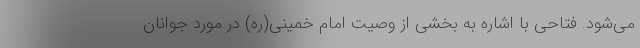
می‌شود. فتاحی با اشاره به بخشی از وصیت امام خمینی(ره) در مورد جوانان